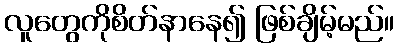
လူတွေကိုစိတ်နာနေ၍ ဖြစ်ချိမ့်မည်။